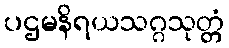
ပဌမနိရယသဂ္ဂသုတ္တံ